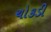
ચોકડી